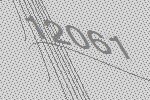
12061